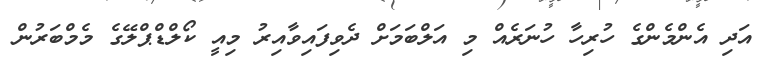
އަދި އެންމެންގެ ހުރިހާ ހުނަރެއް މި އަލްބަމަށް ދެވިފައިވާއިރު މިއީ ކޯލްޑްޕްލޭގެ މެމްބަރުން